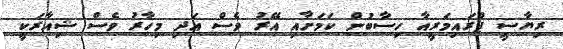
ރިޔާސީ ޕްރައިމަރީއާ ހިސާބުން ކަމަށާއި އޭރު ވެސް އަދި މިހާރު ވެސް ޝިއާރަކީ